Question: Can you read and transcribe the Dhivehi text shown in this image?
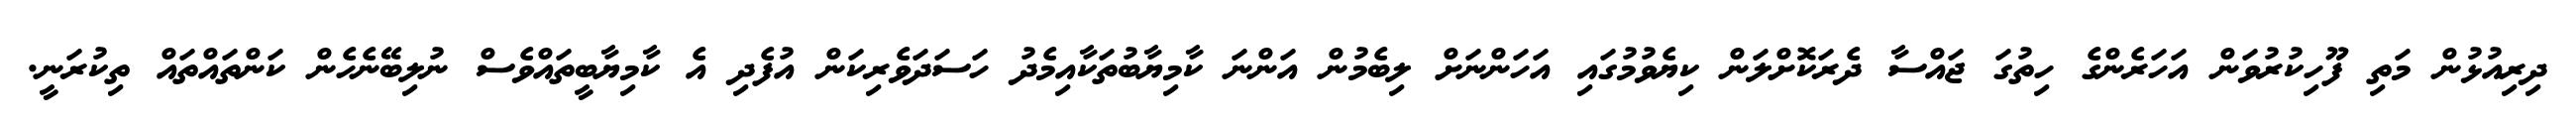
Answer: ދިރިއުޅުން މަތި ފޫހިކުރުވަން އަހަރެންގެ ހިތުގަ ޖައްސާ ދެރަކޮށްލަން ކިޔެވުމުގައި އަހަންނަށް ލިބެމުން އަންނަ ކާމިޔާބުތަކާއިމެދު ހަސަދަވެރިކަން އުފެދި އެ ކާމިޔާބީތައްވެސް ނުލިބޭނެހެން ކަންތައްތައް ތިކުރަނީ.